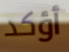
أؤكد